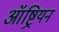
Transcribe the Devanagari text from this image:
ऑष्ट्रियन